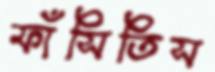
ফাঁসিতিস